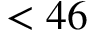
< 4 6